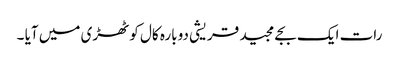
رات ایک بجے مجید قریشی دوبارہ کال کوٹھڑی میں آیا ۔